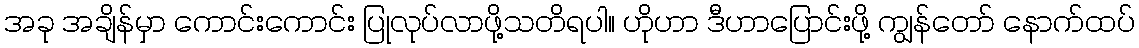
အခု အချိန်မှာ ကောင်းကောင်း ပြုလုပ်လာဖို့သတိရပါ။ ဟိုဟာ ဒီဟာပြောင်းဖို့ ကျွန်တော် နောက်ထပ်